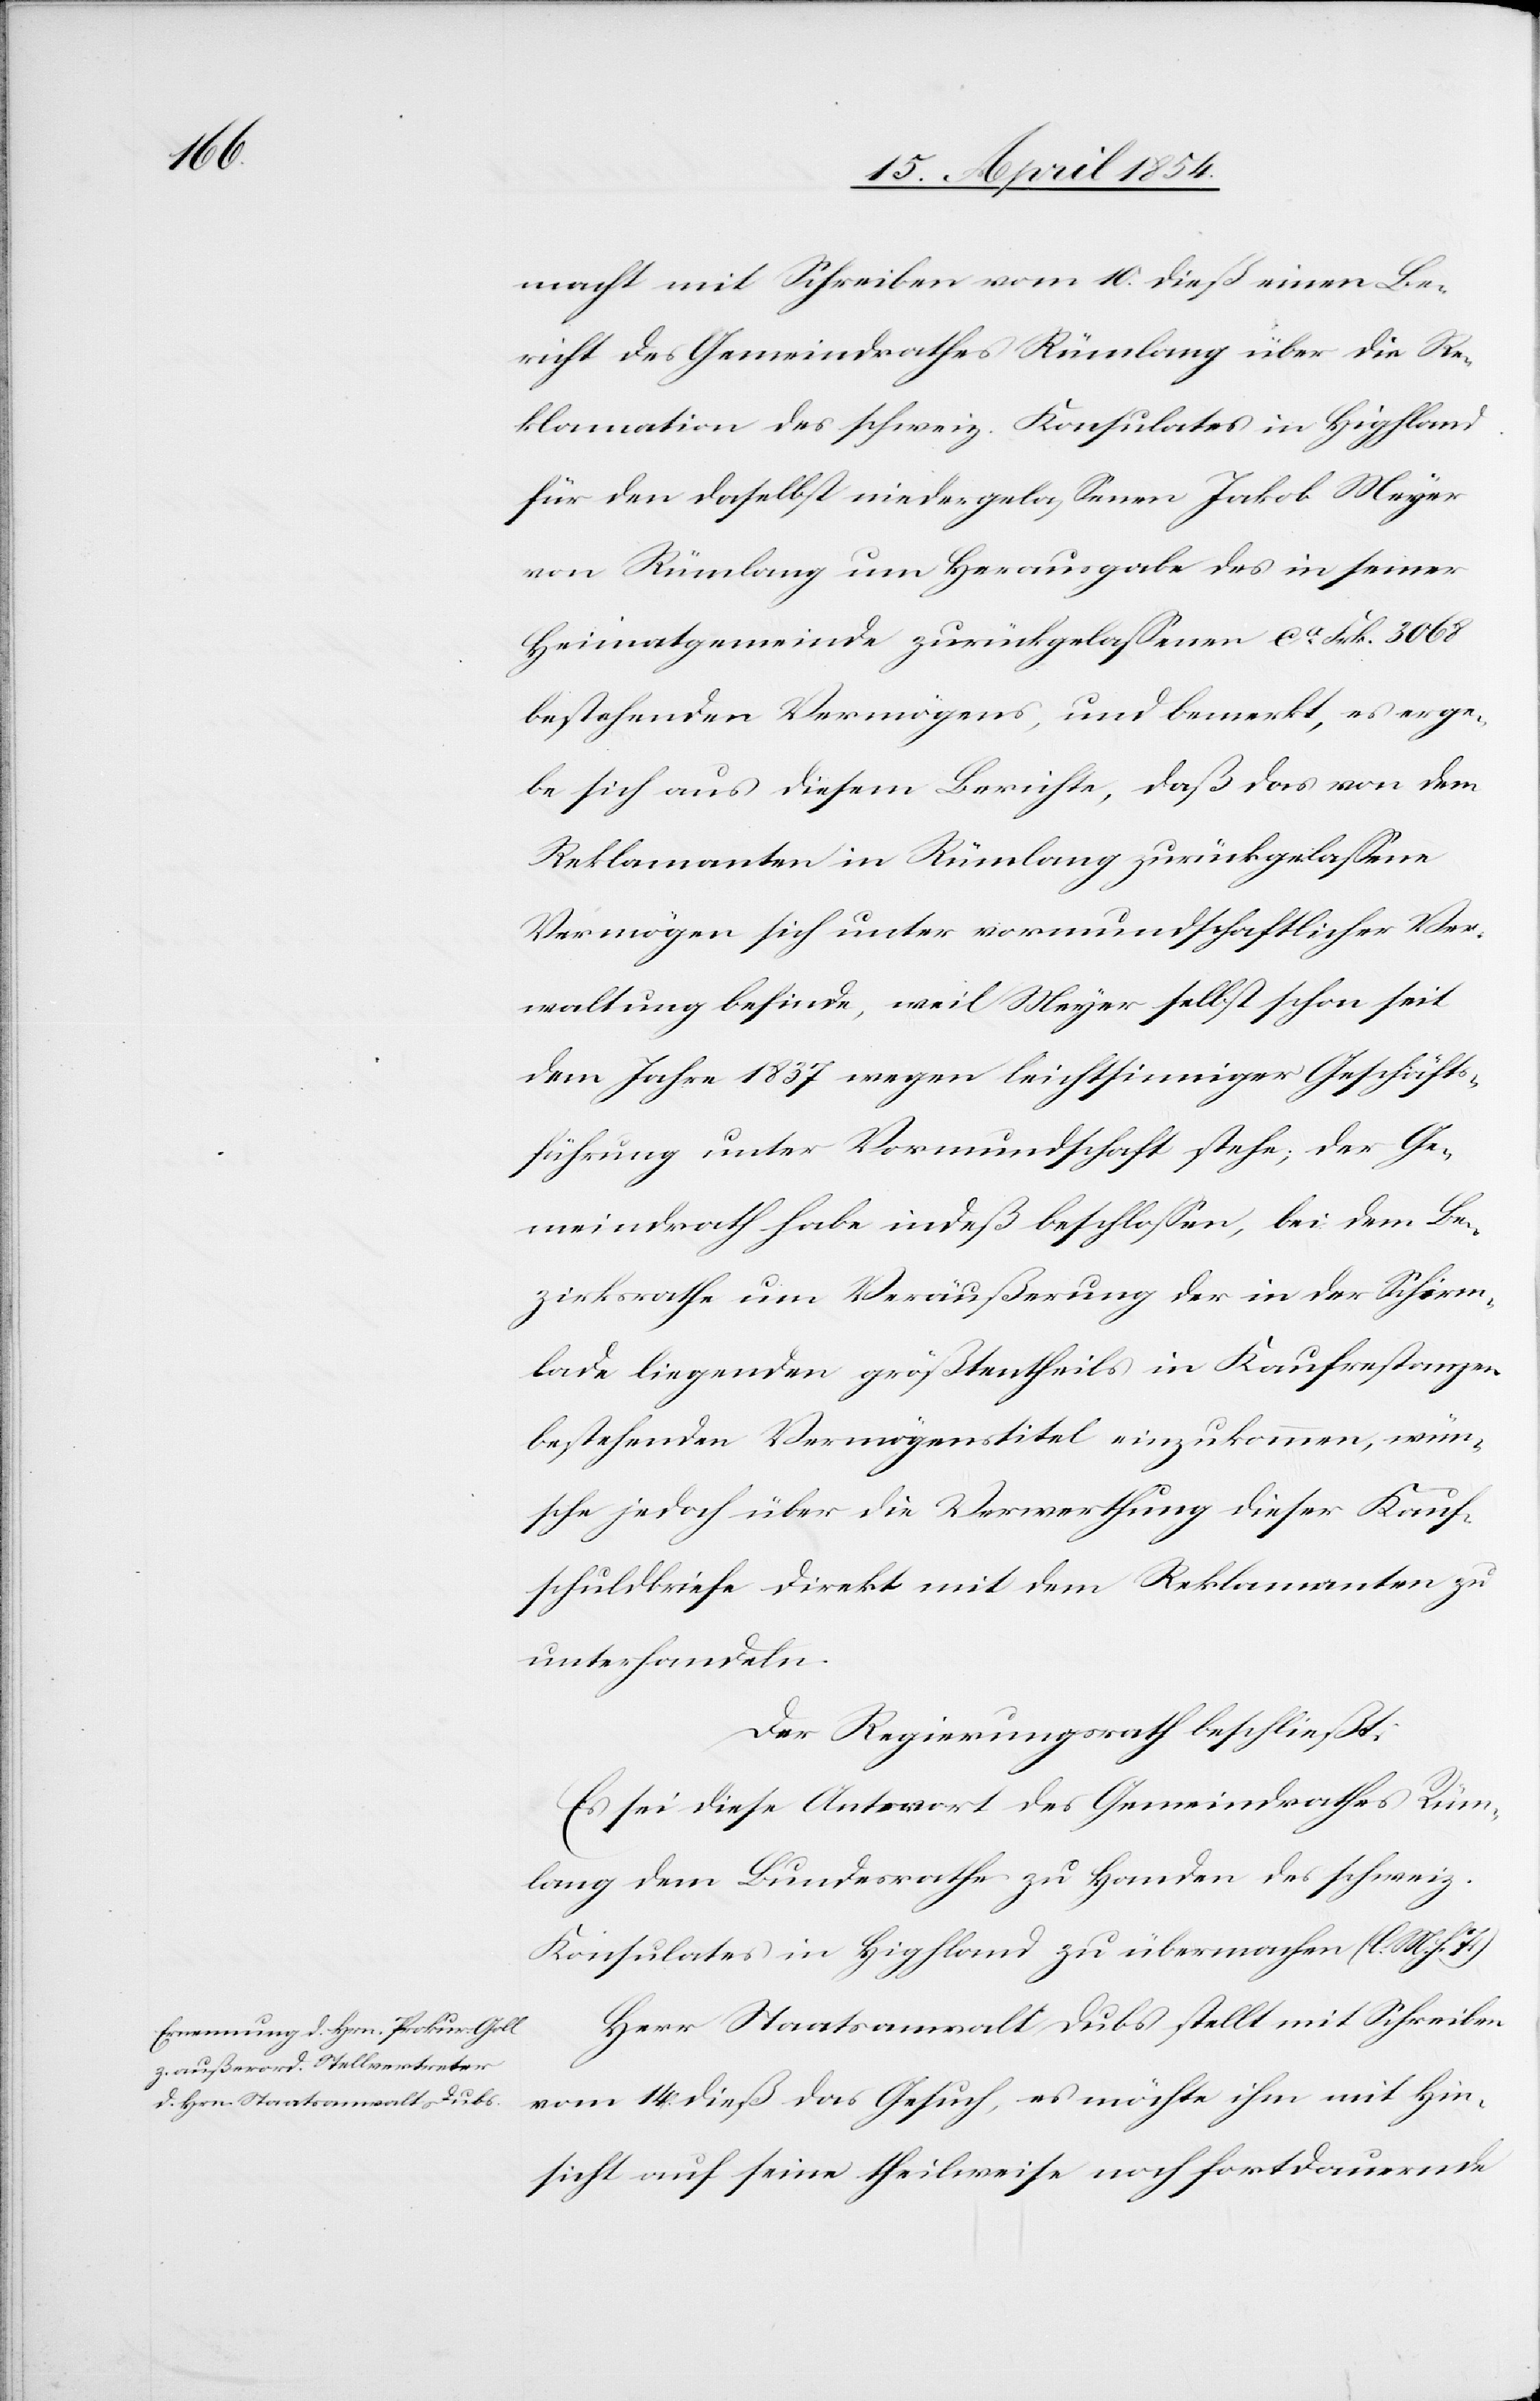
macht mit Schreiben vom 10. dieß einen Be¬
richt des Gemeindrathes Rümlang über die Re¬
klamation des schweiz. Konsulates in Highland
für den daselbst niedergelaßenen Jakob Meyer
von Rümlang um Herausgabe des in seiner
Heimatgemeinde zurückgelaßenen ca Frk. 3068
bestehenden Vermögens, und bemerkt, es erge¬
be sich aus diesem Berichte, daß das von dem
Reklamanten in Rümlang zurückgelaßene
Vermögen sich unter vormundschaftlicher Ver¬
waltung befinde, weil Meyer selbst schon seit
dem Jahre 1837 wegen leichtsinniger Geschäfts¬
führung unter Vormundschaft stehe; der Ge¬
meindrath habe indeß beschloßen, bei dem Be¬
zirksrathe um Veräußerung der in der Schirm¬
lade liegenden größentheils in Kaufrestanzen
bestehenden Vermögenstitel einzukommen, wün¬
sche jedoch über die Verwerthung dieser Kauf¬
schuldbriefe direkt mit dem Reklamanten zu
unterhandeln.
Der Regierungsrath beschließt:
Es sei diese Antwort des Gemeindrathes Rüm¬
lang dem Bundesrathe zu Handen des schweiz.
Konsulates in Highland zu übermachen (l. M. h. T.)
Herr Staatsanwalt Dubs stellt mit Schreiben
vom 14. dieß das Gesuch, es möchte ihm mit Hin¬
sicht auf seine theilweise noch fortdauernde